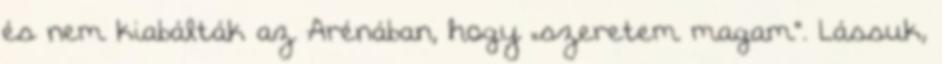
és nem kiabálták az Arénában, hogy „szeretem magam“. Lássuk,